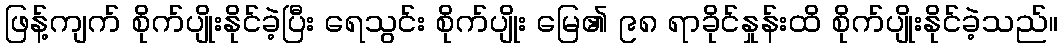
ဖြန့်ကျက် စိုက်ပျိုးနိုင်ခဲ့ပြီး ရေသွင်း စိုက်ပျိုး မြေ၏ ၉၈ ရာခိုင်နှုန်းထိ စိုက်ပျိုးနိုင်ခဲ့သည်။